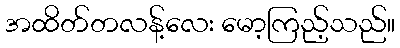
အထိတ်တလန့်လေး မော့ကြည့်သည်။